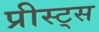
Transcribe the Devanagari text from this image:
प्रीस्ट्स